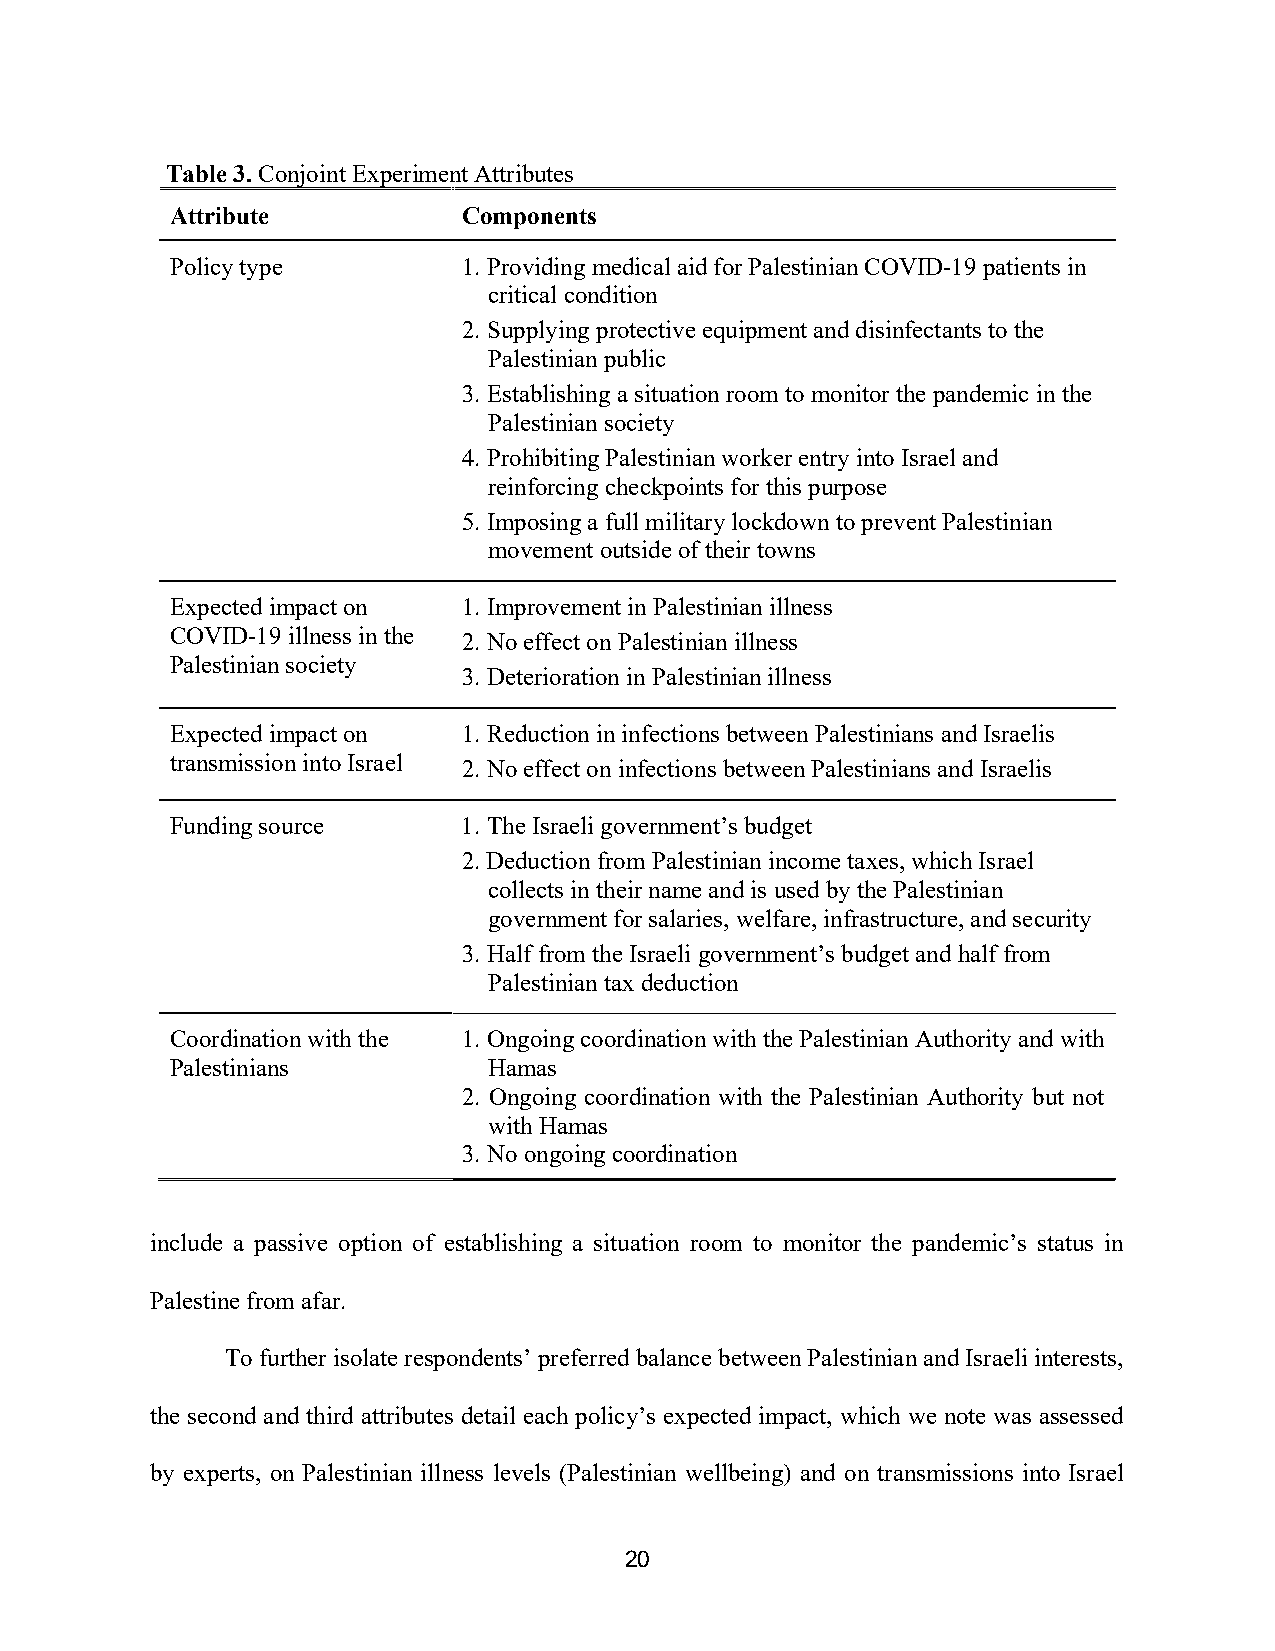
Table 3. Conjoint Experiment Attributes
 Attribute           Components
 Policy type         1. Providing medical aid for Palestinian COVID-19 patients in
 critical condition
 2. Supplying protective equipment and disinfectants to the
 Palestinian public
 3. Establishing a situation room to monitor the pandemic in the
 Palestinian society
 4. Prohibiting Palestinian worker entry into Israel and
 reinforcing checkpoints for this purpose
 5. Imposing a full military lockdown to prevent Palestinian
 movement outside of their towns
 Expected impact on  1. Improvement in Palestinian illness
 COVID-19 illness in the 2. No effect on Palestinian illness
 Palestinian society
 3. Deterioration in Palestinian illness
 Expected impact on  1. Reduction in infections between Palestinians and Israelis
 transmission into Israel 2. No effect on infections between Palestinians and Israelis
 Funding source      1. The Israeli government’s budget
 2. Deduction from Palestinian income taxes, which Israel
 collects in their name and is used by the Palestinian
 government for salaries, welfare, infrastructure, and security
 3. Half from the Israeli government’s budget and half from
 Palestinian tax deduction
 Coordination with the 1. Ongoing coordination with the Palestinian Authority and with
 Palestinians         Hamas
 2. Ongoing coordination with the Palestinian Authority but not
 with Hamas
 3. No ongoing coordination
 include a passive option of establishing a situation room to monitor the pandemic’s status in
 Palestine from afar.
 To further isolate respondents’ preferred balance between Palestinian and Israeli interests,
 the second and third attributes detail each policy’s expected impact, which we note was assessed
 by experts, on Palestinian illness levels (Palestinian wellbeing) and on transmissions into Israel
 20